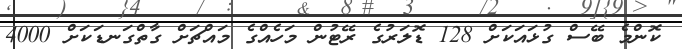
ކޮންމެ ބޭސް ގުޅައަކަށް 128 ޑޮލަރުގެ ރޭޓުން މަހެއްގެ މައްޗަށް ގާތްގަނޑަކަށް 4000